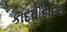
કાદવીદાદરા